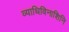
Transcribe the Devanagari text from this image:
व्याधिविनाशिनि